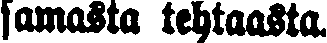
samasta tehtaasta.